system: You are a helpful assistant.
user:
Analyze the provided spectrum to determine if it is a **S-type Star**.

- **Key Indicators for S-type Star:**

    - **(Overall Spectrum Shape):** The first and most obvious characteristic is the overall continuum (the "baseline" shape). It is **extremely "red-sloping,"** meaning the flux (light intensity) is very low on the left side (blue, ~4000-4500 Å) and rises steeply and continuously toward the right side (red, ~7000 Å+).

    - **(Primary):** The spectrum is defined by the presence of strong, broad molecular absorption "valleys" (bands) from **Zirconium Oxide (ZrO)**. The identification of these bands is the **primary requirement** for classifying a star as S-type.
        - **(Key Bandheads):** You must find distinct, deep "dips" where the light has been absorbed. The most critical band systems to locate are:
            - **~6474 Å** ($\gamma$-system): This is often the strongest and clearest ZrO feature, found in the red part of the spectrum.
            - **~5718 Å** & **~5551 Å** ($\beta$-system): A pair of prominent absorption features in the yellow-orange part of the spectrum.
            - **~4640 Å** ($\alpha$-system): A key absorption band system in the blue-green region of the spectrum.

    - **(Secondary Confirmation):** The classification is strengthened by finding additional absorption bands from other related heavy element oxides, which are expected to be present alongside ZrO.
        - **(Key Bandheads):**
            - **Yttrium Oxide (YO):** Look for absorption dips near **~4800 Å** and **~6100 Å**.
            - **Lanthanum Oxide (LaO):** Additional absorption features, particularly in the red-orange part of the spectrum, are also characteristic.

    - **(Line Profile):** The combination of the steep red continuum and these numerous, deep molecular bands (ZrO, YO, etc.) gives the entire spectrum a very **"chopped-up"** or **"bumpy"** appearance. Instead of a smooth curve, the spectrum looks as though large, wide chunks of light have been "carved out" of it at the specific wavelengths listed above.

Think first, call **spectral_visualization_tool** if needed to examine features in detail, then provide your final answer. Your response must adhere to the following strict rules:
1.  **Overall Structure:** Your response must follow the format `<think>...</think> <tool_call>...</tool_call> (if a tool is used) <answer>...</answer>`.
2.  **Tool Usage Constraint:** You may only make **one** tool call per turn.
3.  **Final Answer Format:** In the `<answer>` tag, your conclusion must be inside a `\boxed{}` command (e.g., `\boxed{YES}` or `\boxed{NO}`), followed by your justification.

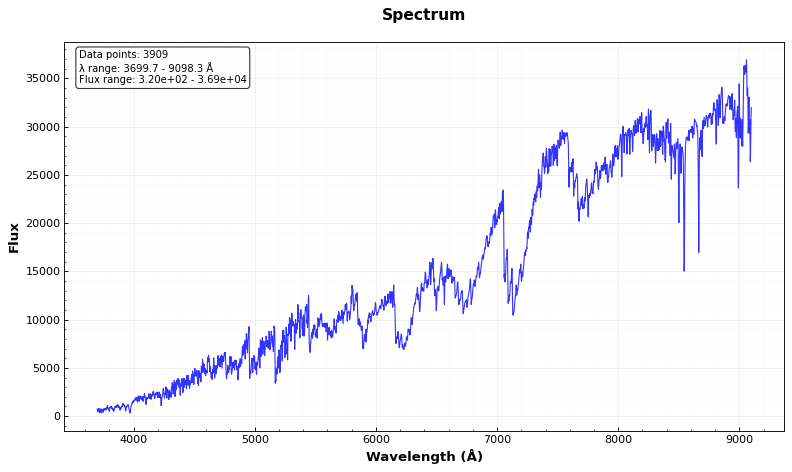
Answer: YES